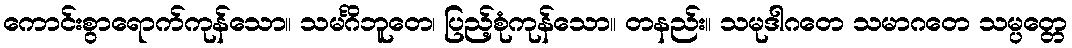
ကောင်းစွာရောက်ကုန်သော။ သမင်္ဂိဘူတေ၊ ပြည့်စုံကုန်သော။ တနည်း။ သမုဒါဂတေ သမာဂတေ သမ္ပတ္တေ